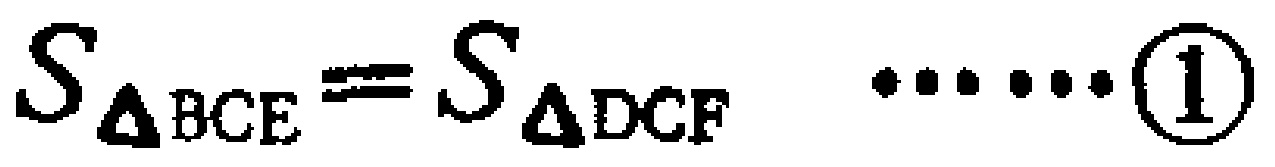
$S_{\Delta BCE}=S_{\Delta DCF}\ \ \ \ \ \ \ \ \textcircled{1}$